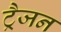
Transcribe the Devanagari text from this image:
ट्रैजन